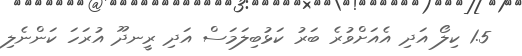
1.5 ކިލޯ އަދި އެއަށްވުރެ ބަރު ކަޅުބިލަމަސް އަދި ރީނދޫ އުރަހަ ކަންނެލި